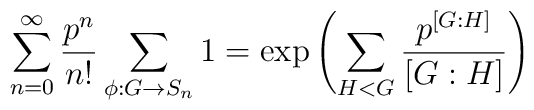
\sum _{n=0}^{\infty }\frac{p^{n}}{n!}\sum _{\phi :G\rightarrow S_{n}}1=\exp \left( \sum _{H<G}\frac{p^{\left[ G:H\right] }}{\left[ G:H\right] }\right)